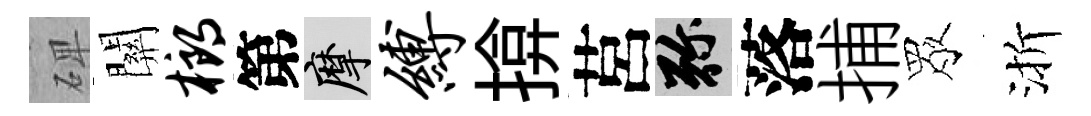
𥓓關榔第摩缚揜莒弥落捕眾渐